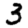
Digit: 3